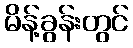
မိန့်ခွန်းတွင်